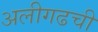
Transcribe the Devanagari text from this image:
अलीगढची